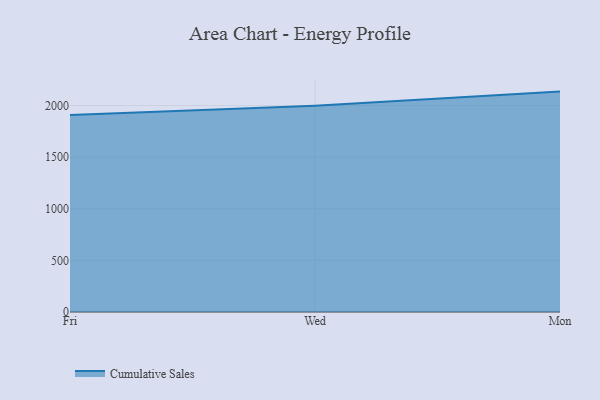
{"axis": {"x": "Day", "y": "Latency (ms)"}, "legend": ["Cumulative Sales"], "data": [{"x": "Fri", "y": 1908.5, "type": "Cumulative Sales"}, {"x": "Wed", "y": 1997.9, "type": "Cumulative Sales"}, {"x": "Mon", "y": 2135.3, "type": "Cumulative Sales"}]}